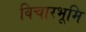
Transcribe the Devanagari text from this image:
विचारभूमि